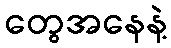
တွေအနေနဲ့